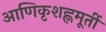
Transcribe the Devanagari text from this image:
आणिकृशह्णमूर्ती